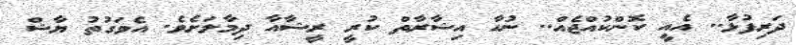
ދަރިފުޅާ.. އެއީ ކޮންކުއްޖެއް.. ނުހާ އިޝާރާތް ކުރީ ރީޝާއާ ދިމާލަށެވެ. އެވަގުތު ޔާޝް